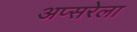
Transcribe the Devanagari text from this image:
अप्सरेला